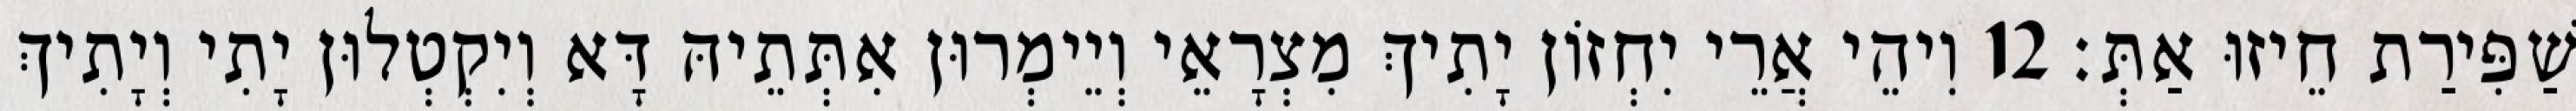
שַׁפִּירַת חֵיזוּ אַתְּ׃ 12 וִיהֵי אֲרֵי יִחְזוֹן יָתִיךְ מִצְרָאֵי וְיֵימְרוּן אִתְּתֵיהּ דָּא וְיִקְטְלוּן יָתִי וְיָתִיךְ